Annual report on the working of the mental hospitals in the Madras Presidency - 1912-1932
Year: 1912
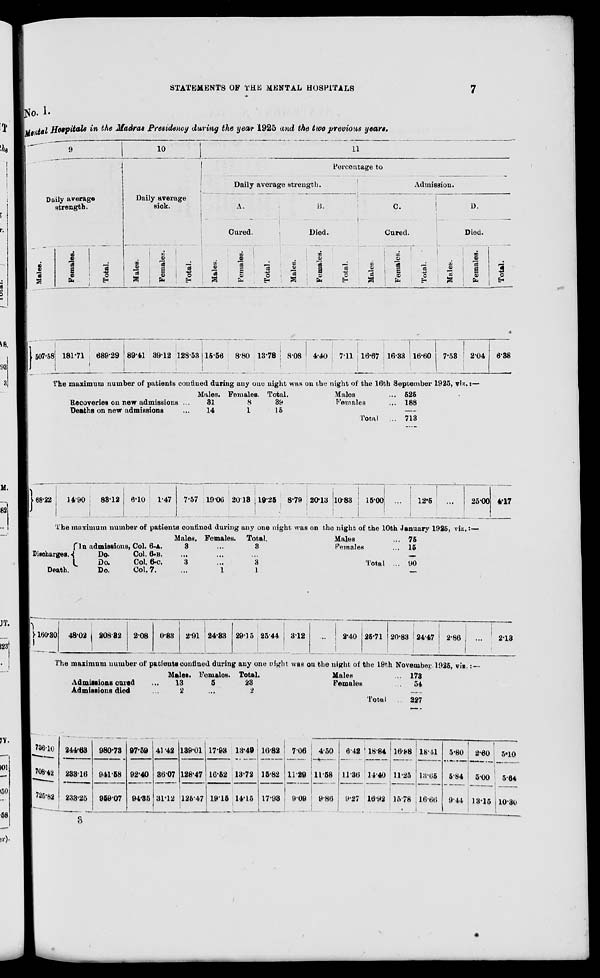
STATEMENTS OF THE MENTAL HOSPITALS
7
No.1.
Mental Hospitals in the Madras Presidency during the year 1925 and the two previous years.
9
Daily average
strength.
Males.
507.58
Females.
181.71
Total.
689.29
10
Daily average
sick.
Males.
89.41
Females.
39.12
Total.
128.53
11
Percentage to
Daily average strength.
A.
Cured.
Males.
15.56
Females.
8.80
Total.
13.78
B.
Died.
Males.
8.08
Females.
4.40
Total.
7.11
Admission.
C.
Cured.
Males.
16.67
Females.
16.33
Total.
16.60
D.
Died.
Males.
7.53
Females.
2.04
Total.
6.38
The maximum number of patients confined during any one night was on the night of the 16th September 1925, viz. :—
Recoveries on new admissions ...
Deaths on new admissions ...
Males.
31
14
Females.
8
1
Total.
39
15
Males ...
Females ...
Total ...
525
188
713
68.22
14.90
83.12 6.10 1.47 7.57 19.06 20.13 19.25 8.79 20.13 10.83
15.00
...
12.5
25.00 4.17
The maximum number of patients confined during any one night was on the night of the 10th January 1925, viz.:—
Discharges.
Death.
In admissions, Col. 6-A.
Do.
Col. 6-B.
Do.
Col. 6-C.
Do.
Col. 7.
Males.
3
...
3
...
Females.
...
...
...
1
Total.
3
...
3
1
Males ...
Females
Total ...
75
15
90
160.30 48.02
208.32
2.08 0.83
2.91 24.33 29.15 25.44 3.12
...
2.40 25.71 20.83 24.47
2.86
...
2.13
The maximum number of patients confined during any one night was on the night of the 19th November 1925, viz.:—
Admissions cured ...
Admissions died ...
Males.
13
2
Females.
5
...
Total.
23
2
Males ...
Females ...
Total ...
173
54
227
736.10
708.42
726.82
244.63
233.16
233.25
980.73
941.58
959.07
97.59
92.40
94.35
41.42
36.07
31.12
189.01
128.47
125.47
17.93
16.52
19.15
13.49
13.72
14.15
16.82
15.82
17.93
7.06
11.29
9.09
4.50
11.58
9.86
6.42
11.36
9.27
18.84
14.40
16.92
16.88
11.25
15.78
18.41
13.65
16.66
5.80
5.84
9.44
2.60
5.00
13.15
5.10
5.64
10.30
3